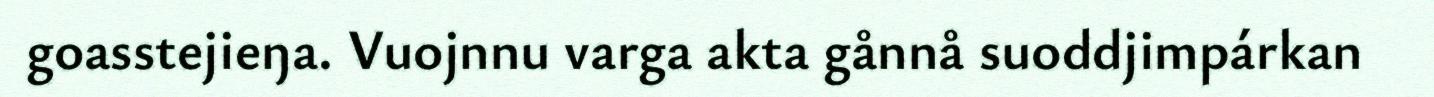
goasstejieŋa. Vuojnnu varga akta gånnå suoddjimpárkan